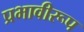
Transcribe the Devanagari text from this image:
प्रभावीरूप